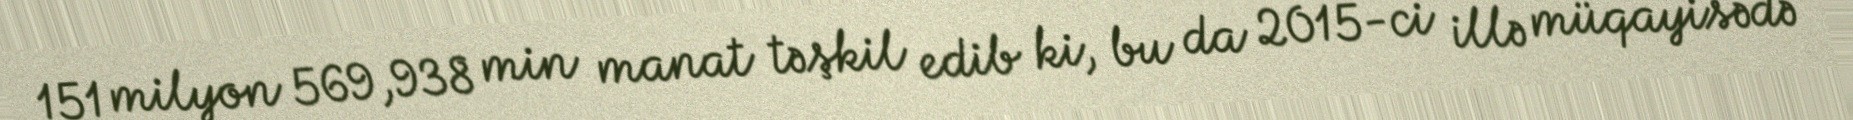
151 milyon 569,938 min manat təşkil edib ki, bu da 2015-ci illə müqayisədə